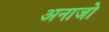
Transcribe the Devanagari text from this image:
अनाजो